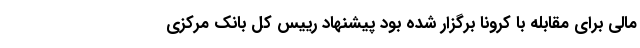
مالی برای مقابله با کرونا برگزار شده بود پیشنهاد رییس کل بانک مرکزی